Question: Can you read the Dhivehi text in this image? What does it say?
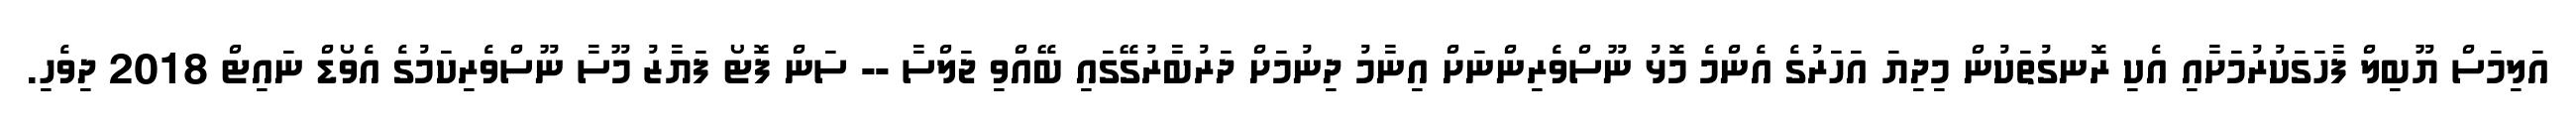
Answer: އަލިމަސް ޔޫބިލް ފާހަގަކުރުމަށާއި އެކި ރޮނގުތަކުން މިދިޔަ އަހަރުގެ އެންމެ މޮޅު ނޫސްވެރިންނަށް އިނާމު ދިނުމަށް ދަރުބާރުގޭގައި ބޭއްވި ޖަލްސާ -- ސަން ފޮޓޯ ފަޔާޒު މޫސާ ނޫސްވެރިކަމުގެ އެވޯޑް ނައިޓް 2018 ދިވެހި.